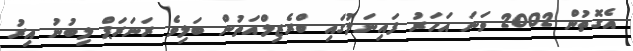
އެގޮތުން 2002 ވަނަ އަހަރު ފައިނަލުގައި ބްރެޒިލްއަތުން ބަލިވެ ރަނަރަޕް ލިބުނު އިރު